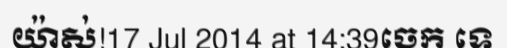
យ៉ាស់!17 Jul 2014 at 14:39ចេក ទេ